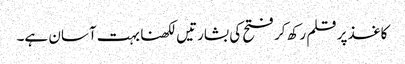
کاغذ پر قلم رکھ کر فتح کی بشارتیں لکھنا بہت آسان ہے۔